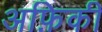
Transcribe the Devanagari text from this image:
अफ़िकी